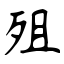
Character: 殂